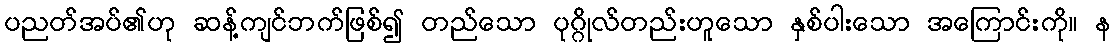
ပညတ်အပ်၏ဟု ဆန့်ကျင်ဘက်ဖြစ်၍ တည်သော ပုဂ္ဂိုလ်တည်းဟူသော နှစ်ပါးသော အကြောင်းကို။ န